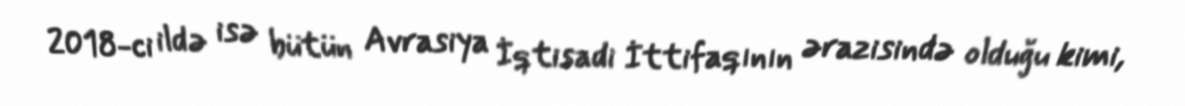
2018-ci ildə isə bütün Avrasiya İqtisadi İttifaqının ərazisində olduğu kimi,